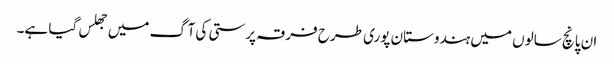
ان پانچ سالوں میں ہندوستان پوری طرح فرقہ پرستی کی آگ میں جھلس گیا ہے۔